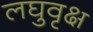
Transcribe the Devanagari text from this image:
लघुवृक्ष